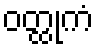
ဝတ္ထုကံ